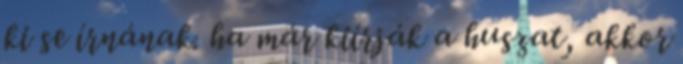
ki se írnának. ha már kiírják a huszat, akkor